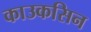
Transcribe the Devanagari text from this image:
काउकसिन